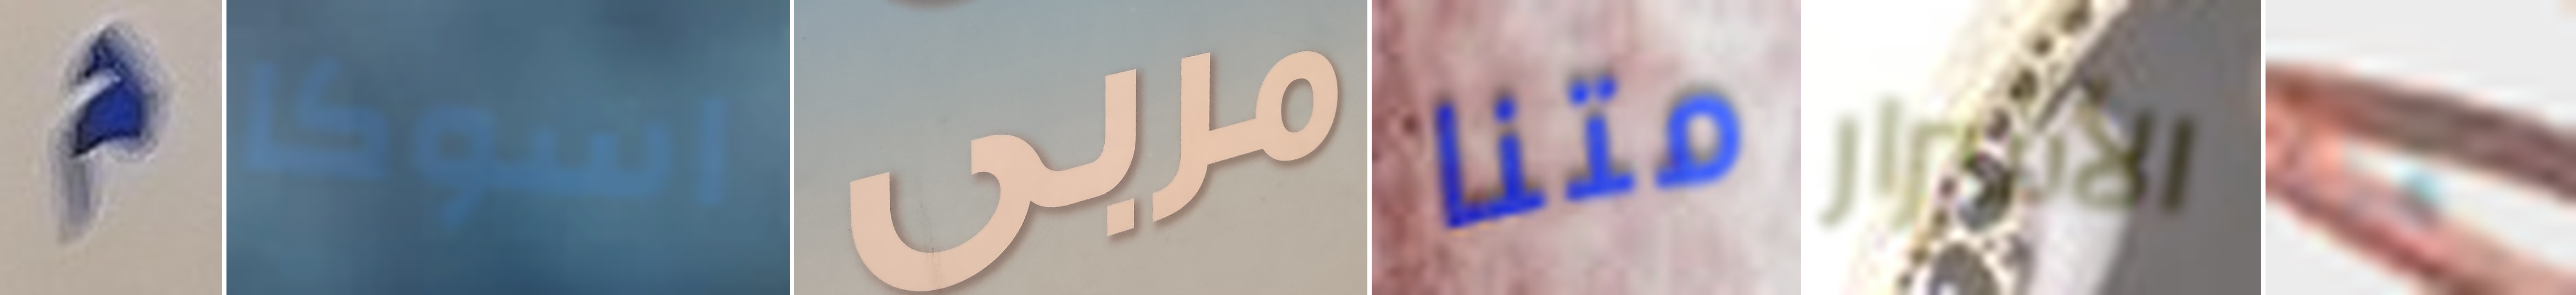
م اسوكا مربى متنا الأشرار هنا